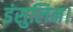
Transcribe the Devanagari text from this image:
इंसुलिन।